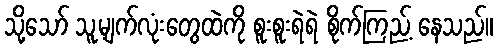
သို့သော် သူ့မျက်လုံးတွေထဲကို စူးစူးရဲရဲ စိုက်ကြည့် နေသည်။